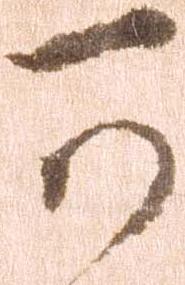
可